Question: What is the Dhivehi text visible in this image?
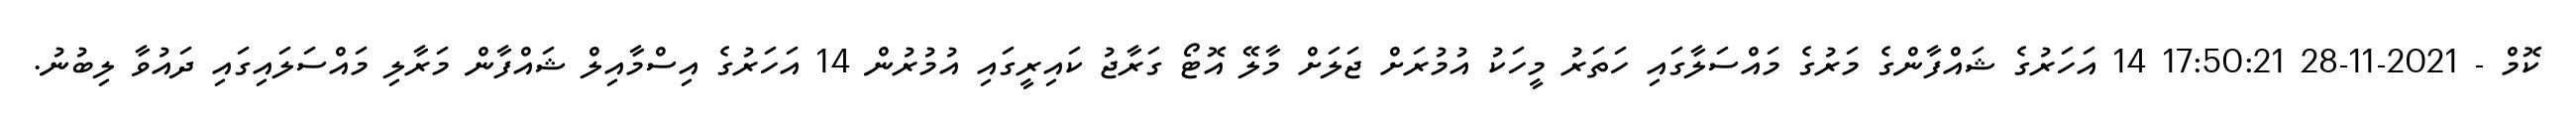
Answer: ކޮމް - 2021-11-28 17:50:21 14 އަހަރުގެ ޝައްފާންގެ މަރުގެ މައްސަލާގައި ހަތަރު މީހަކު އުމުރަށް ޖަލަށް މާލޭ އޮޓޯ ގަރާޖު ކައިރީގައި އުމުރުން 14 އަހަރުގެ އިސްމާއިލް ޝައްފާން މަރާލި މައްސަލައިގައި ދައުވާ ލިބުނު.